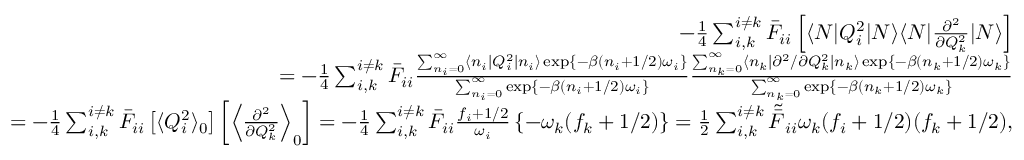
\begin{array} { r l r } & { } & { - \frac { 1 } { 4 } \sum _ { i , k } ^ { i \neq k } \bar { F } _ { i i } \left[ \langle N | Q _ { i } ^ { 2 } | N \rangle \langle N | \frac { \partial ^ { 2 } } { \partial Q _ { k } ^ { 2 } } | N \rangle \right] } \\ & { } & { = - \frac { 1 } { 4 } \sum _ { i , k } ^ { i \neq k } \bar { F } _ { i i } \frac { \sum _ { n _ { i } = 0 } ^ { \infty } \langle n _ { i } | Q _ { i } ^ { 2 } | n _ { i } \rangle \exp \{ - \beta ( n _ { i } + 1 / 2 ) \omega _ { i } \} } { \sum _ { n _ { i } = 0 } ^ { \infty } \exp \{ - \beta ( n _ { i } + 1 / 2 ) \omega _ { i } \} } \frac { \sum _ { n _ { k } = 0 } ^ { \infty } \langle n _ { k } | { \partial ^ { 2 } } / { \partial Q _ { k } ^ { 2 } } | n _ { k } \rangle \exp \{ - \beta ( n _ { k } + 1 / 2 ) \omega _ { k } \} } { \sum _ { n _ { k } = 0 } ^ { \infty } \exp \{ - \beta ( n _ { k } + 1 / 2 ) \omega _ { k } \} } } \\ & { } & { = - \frac { 1 } { 4 } \sum _ { i , k } ^ { i \neq k } \bar { F } _ { i i } \left[ \langle Q _ { i } ^ { 2 } \rangle _ { 0 } \right] \left[ \left\langle \frac { \partial ^ { 2 } } { \partial Q _ { k } ^ { 2 } } \right\rangle _ { 0 } \right] = - \frac { 1 } { 4 } \sum _ { i , k } ^ { i \neq k } \bar { F } _ { i i } \frac { f _ { i } + 1 / 2 } { \omega _ { i } } \left\{ - { \omega _ { k } ( f _ { k } + 1 / 2 ) } \right\} = \frac { 1 } { 2 } \sum _ { i , k } ^ { i \neq k } \tilde { \bar { F } } _ { i i } \omega _ { k } ( f _ { i } + 1 / 2 ) ( f _ { k } + 1 / 2 ) , } \end{array}